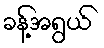
ခန့်အရွယ်